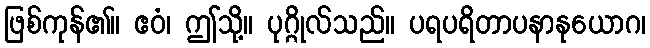
ဖြစ်ကုန်၏။ ဧဝံ၊ ဤသို့။ ပုဂ္ဂိုလ်သည်။ ပရပရိတာပနာနုယောဂ၊